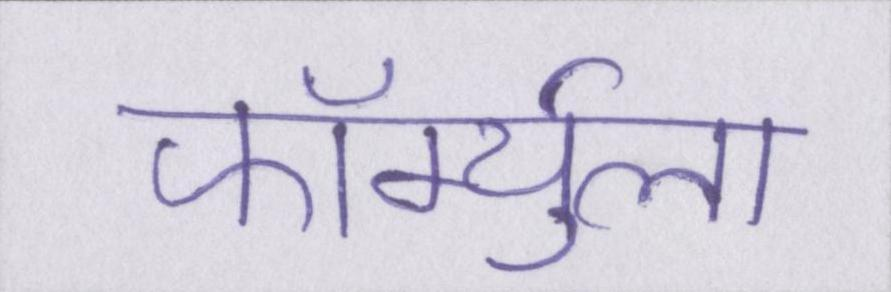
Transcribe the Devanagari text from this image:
फॉर्म्युला